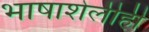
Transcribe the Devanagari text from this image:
भाषाशेलीही